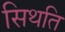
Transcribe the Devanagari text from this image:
सिथति